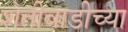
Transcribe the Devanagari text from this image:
शेतीवाडीच्या